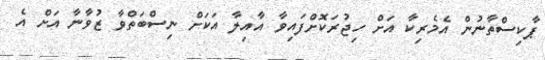
ޕާކިސްތާނުން އެމެރިކާ އަށް ހިޖުރަކޮށްފައިވާ އާއިލާ އަކަށް ނިސްބަތްވާ ޒުވާނާ އަށް އެ